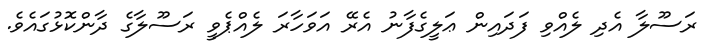
ރަސޫލާ އެދި ލެއްވި ފަދައިން ޢަލީގެފާނު އެރޭ އަވަހާރަ ލެއްޕެވީ ރަސޫލާގެ ދާންކޮޅުގައެވެ.